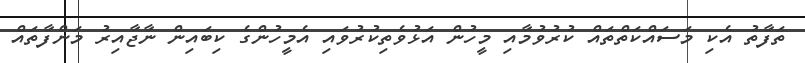
ތަފާތު އެކި މަސައްކަތްތައް ކުރުވުމާއި މީހުން އަޅުވެތިކުރުވައި އެމީހުންގެ ކިބައިން ނާޖާއިރު މަންފާތައް